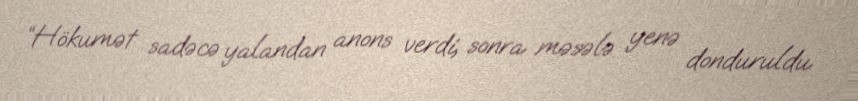
“Hökumət sadəcə yalandan anons verdi, sonra məsələ yenə donduruldu.